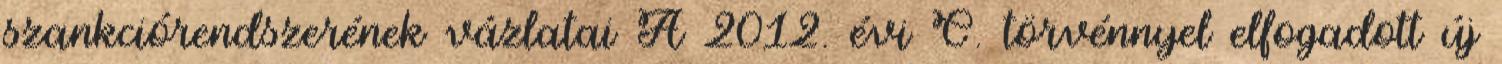
szankciórendszerének vázlatai A 2012. évi C. törvénnyel elfogadott új